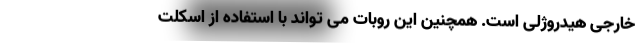
خارجی هیدروژلی است. همچنین این روبات می تواند با استفاده از اسکلت